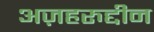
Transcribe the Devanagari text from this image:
अज़हरुद्दीन